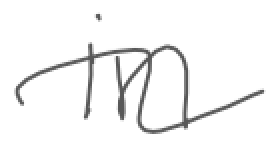
Text: in
Cross-out: wave
Writing tool: digital_gray